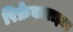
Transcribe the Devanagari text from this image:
रिफ्रेक्टराइज्ड